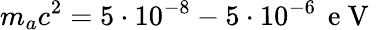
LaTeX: m_{a}c^{2}=5\cdot 10^{-8}-5\cdot 10^{-6}\, \mathrm{~e~V~}